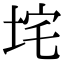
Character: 垞